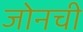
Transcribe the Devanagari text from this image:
जोनची